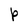
Character: P